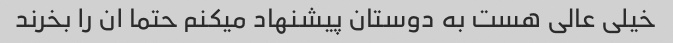
خیلی عالی هست به دوستان پیشنهاد میکنم حتما ان را بخرند